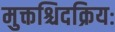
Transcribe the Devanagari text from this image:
मुक्तश्चिदक्रियः